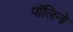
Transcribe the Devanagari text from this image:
पॉलिनो